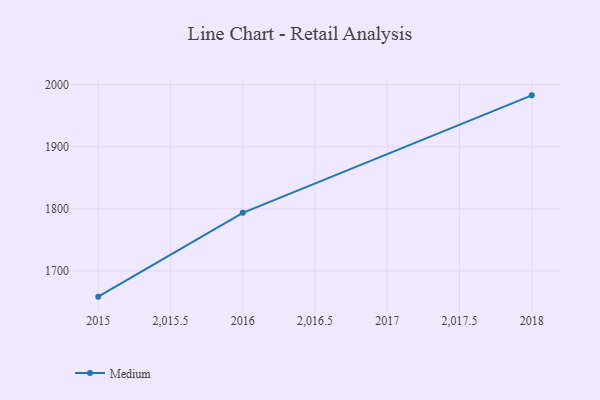
{"axis": {"x": "Year", "y": "Market Share (%)"}, "legend": ["Medium"], "data": [{"x": "2018", "y": 1982.8, "type": "Medium"}, {"x": "2016", "y": 1793.6, "type": "Medium"}, {"x": "2015", "y": 1658.6, "type": "Medium"}]}